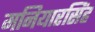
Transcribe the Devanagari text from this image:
मनियारसिंह